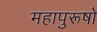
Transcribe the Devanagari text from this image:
महापुरूषो